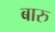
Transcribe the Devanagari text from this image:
बारु